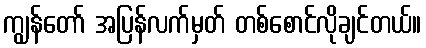
ကျွန်တော် အပြန်လက်မှတ် တစ်စောင်လိုချင်တယ်။